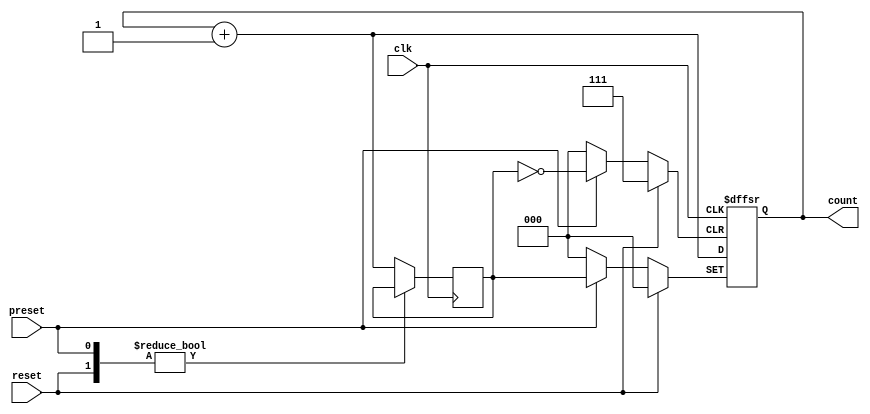
module binary_counter(
    input wire clk,
    input wire reset,
    input wire preset,
    output reg [2:0] count
);

reg [2:0] next_count;

always @ (posedge clk or posedge reset or posedge preset) begin
    if (reset) begin
        count <= 3'b0;
    end else if (preset) begin
        count <= next_count;
    end else begin
        next_count = count + 1;
        count <= next_count;
    end
end

endmodule